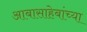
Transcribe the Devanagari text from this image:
आबासाहेबांच्या